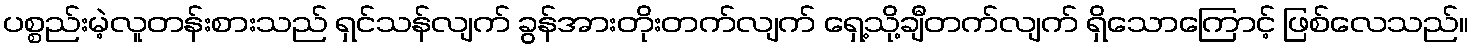
ပစ္စည်းမဲ့လူတန်းစားသည် ရှင်သန်လျက် ခွန်အားတိုးတက်လျက် ရှေ့သို့ချီတက်လျက် ရှိသောကြောင့် ဖြစ်လေသည်။